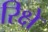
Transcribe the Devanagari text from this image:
रिक्षे